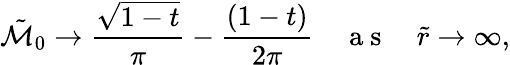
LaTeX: \tilde{\mathcal{M}}_{0}\rightarrow\frac{\sqrt{1-t}}{\pi}-\frac{(1-t)}{2\pi}\quad\mathrm{~a~s~}\quad\tilde{r}\rightarrow\infty,